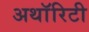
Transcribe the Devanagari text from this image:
अथाॅरिटी